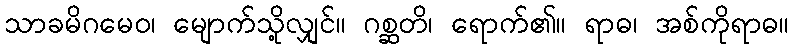
သာခမိဂမေဝ၊ မျောက်သို့လျှင်။ ဂစ္ဆတိ၊ ရောက်၏။ ရာဓ၊ အစ်ကိုရာဓ။